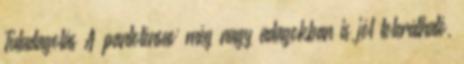
Túladagolás A pantoténsav még nagy adagokban is jól tolerálható,